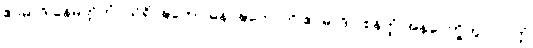
ဧဝမာဒိ နေမိတ္တိကံ။ သိရိဝဍ္ဎကော ဓနဝဍ္ဎကောတိ ဧဝမာဒိ ဝစနတ္ထံ အနပေက္ခိတွာ ပဝတ္တံ